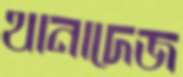
থানাদেজ